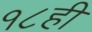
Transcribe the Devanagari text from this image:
१८ही